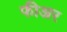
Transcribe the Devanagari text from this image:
फीअर